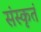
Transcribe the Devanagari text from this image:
संस्कृतं